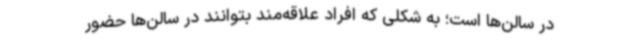
در سالن‌ها است؛ به شکلی که افراد علاقه‌مند بتوانند در سالن‌ها حضور